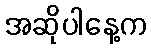
အဆိုပါနေ့က